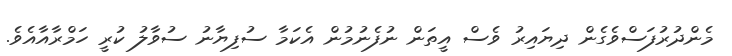
މެންދުރުފަސްވެގެން ދިޔައިރު ވެސް އީތަން ނުފެނުމުން އެކަމާ ސުފިޔާނު ސުވާލު ކުރީ ހަމްރާއާއެވެ.